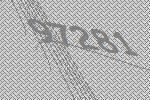
97281